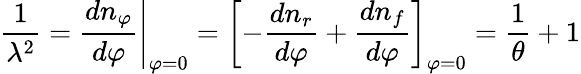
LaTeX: {\frac{1}{\lambda^{2}}}=\left.{\frac{dn_{\varphi}}{d\varphi}}\right|_{\varphi=0}=\left[-{\frac{dn_{r}}{d\varphi}}+{\frac{dn_{f}}{d\varphi}}\right]_{\varphi=0}={\frac{1}{\theta}}+1